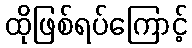
ထိုဖြစ်ရပ်ကြောင့်